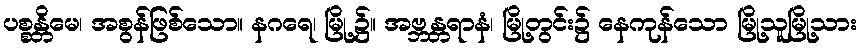
ပစ္စန္တိမေ၊ အစွန်ဖြစ်သော။ နဂရေ၊ မြို့၌။ အဗ္ဘန္တရာနံ၊ မြို့တွင်း၌ နေကုန်သော မြို့သူမြို့သား